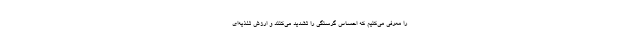
را معرفی می‌کنیم که احساس گرسنگی را تشدید می‌کنند و ارزش تغذیه‌ای